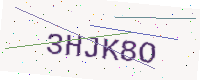
Text: 3HJK8O